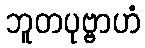
ဘူတပုဗ္ဗာဟံ